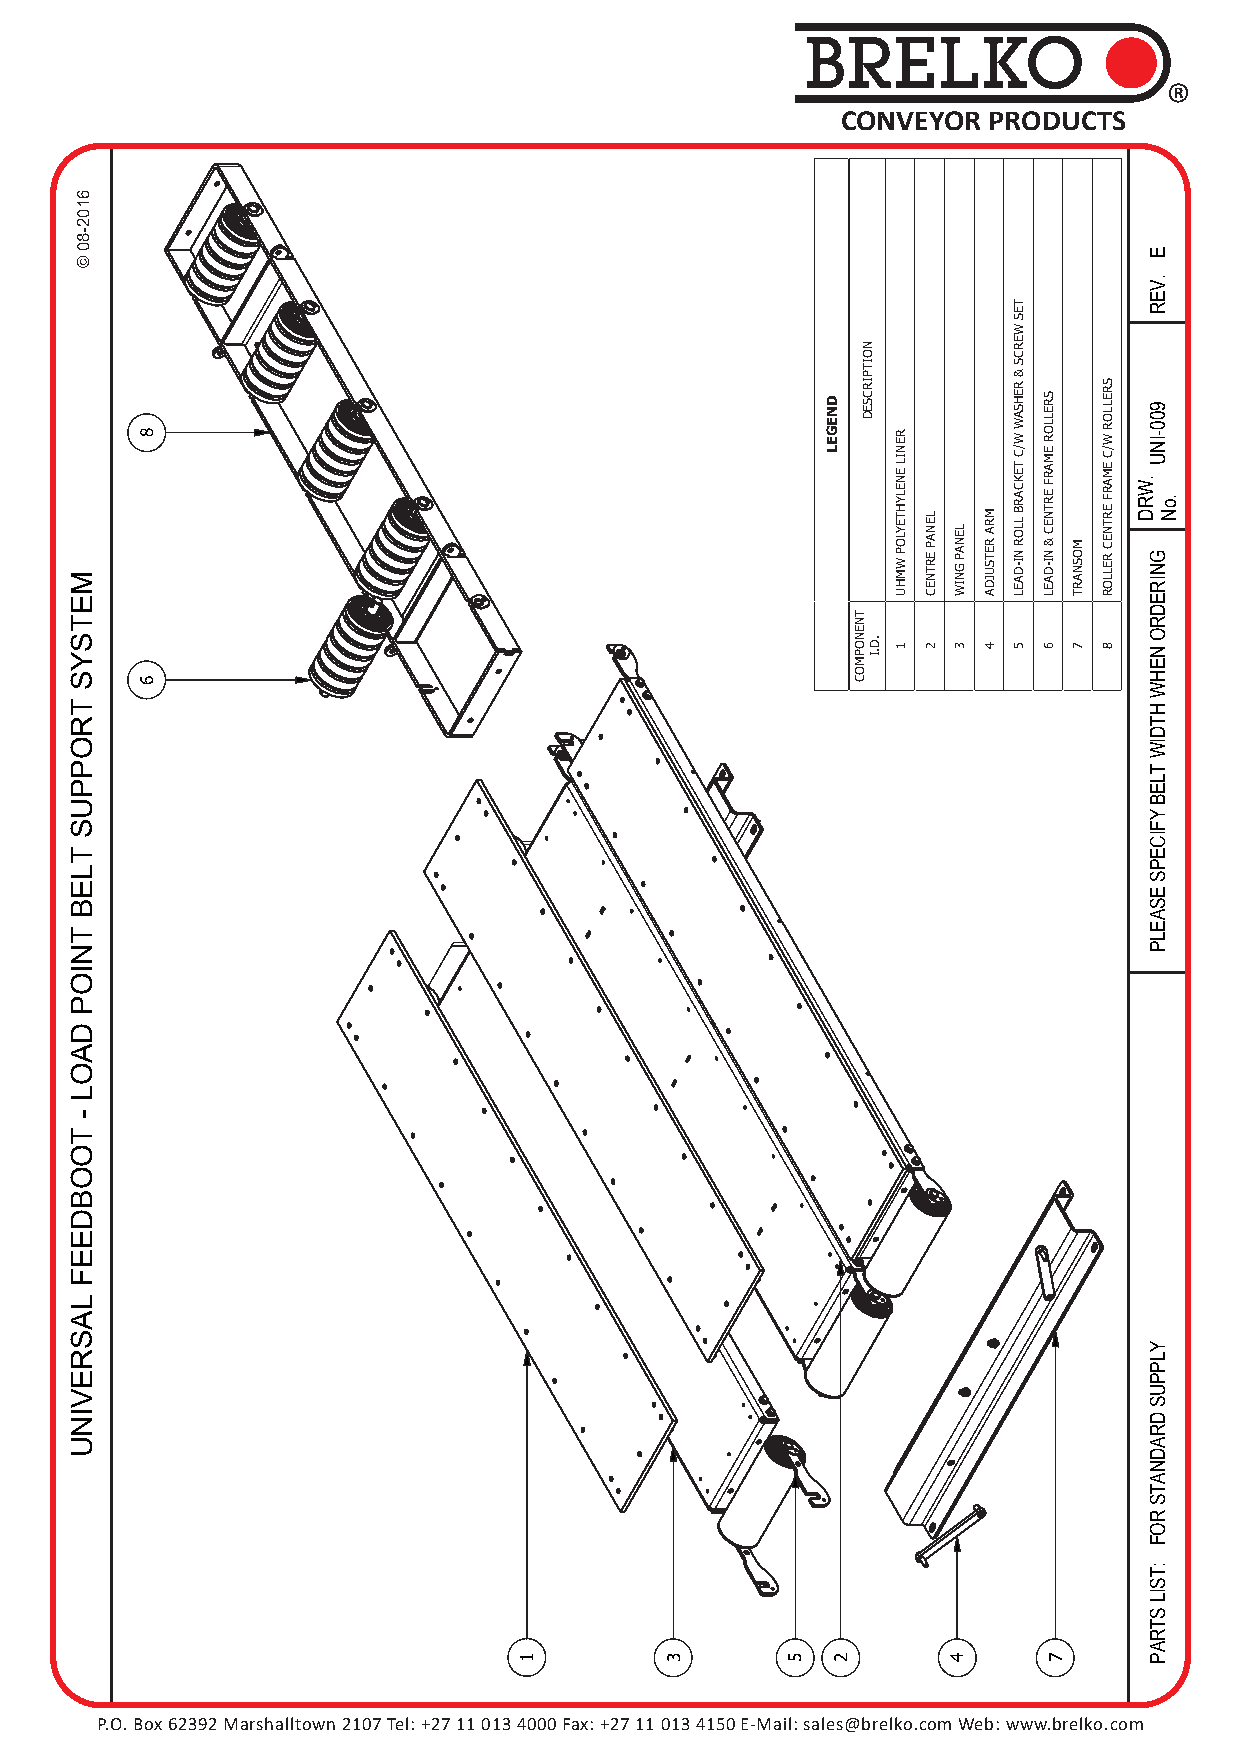
BRELKO
 ®
 CONVEYOR PRODUCTS
 P.O. Box 62392 Marshalltown 2107 Tel: +27 11 013 4000 Fax: +27 11 013 4150 E-Mail: sales@brelko.com Web: www.brelko.com
 6102-80
 ©
 METSYS
 TROPPUS
 TLEB
 TNIOP
 DAOL
 -
 TOOBDEEF
 LASREVINU
 8
 6
 1        3       5
 DNEGEL
 2
 TNENOPMOC
 NOITPIRCSED
 .D.I
 RENIL
 ENELYHTEYLOP
 WMHU
 1
 LENAP
 ERTNEC
 2
 LENAP
 GNIW
 3
 4
 MRA
 RETSUJDA
 4
 TES
 WERCS
 &
 REHSAW
 W/C
 TEKCARB
 LLOR
 NI-DAEL
 5
 SRELLOR
 EMARF
 ERTNEC
 &
 NI-DAEL
 6
 7
 MOSNART
 7
 SRELLOR
 W/C
 EMARF
 ERTNEC
 RELLOR
 8
 .WRD
 E
 .VER
 900-INU
 GNIREDRO
 NEHW
 HTDIW
 TLEB
 YFICEPS
 ESAELP
 YLPPUS
 DRADNATS
 ROF
 :TSIL
 STRAP
 .oN